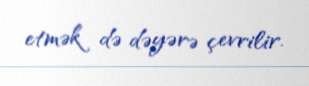
etmək də dəyərə çevrilir.